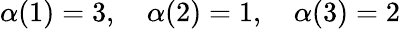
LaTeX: \alpha(1)=3,\quad\alpha(2)=1,\quad\alpha(3)=2